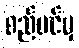
စည်ပင်မှ